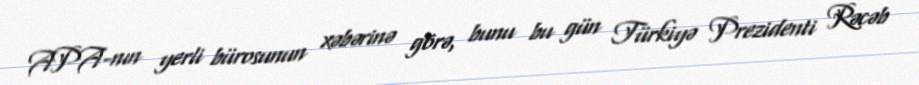
APA-nın yerli bürosunun xəbərinə görə, bunu bu gün Türkiyə Prezidenti Rəcəb